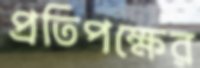
প্রতিপক্ষের